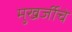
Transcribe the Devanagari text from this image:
मुखर्जीचे